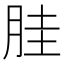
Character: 胿